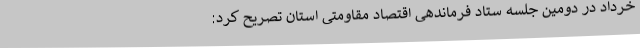
خرداد در دومین جلسه ستاد فرماندهی اقتصاد مقاومتی استان تصریح کرد: